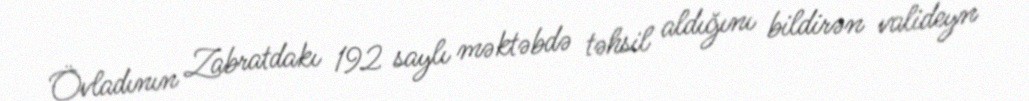
Övladının Zabratdakı 192 saylı məktəbdə təhsil aldığını bildirən valideyn